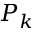
P _ { k }